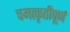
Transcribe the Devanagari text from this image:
चमत्कृतीपूर्ण